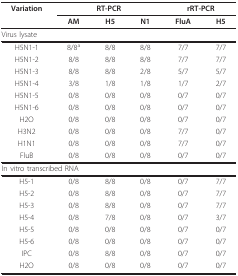
| Variation | <COLSPAN=3> RT-PCR | <COLSPAN=2> rRT-PCR |
 |  | AM | H5 | N1 | FluA | H5 |
 | --- | --- | --- | --- | --- | --- |
 | <COLSPAN=6> Virus lysate |
 | H5N1-1 | 8/8a | 8/8 | 8/8 | 7/7 | 7/7 |
 | H5N1-2 | 8/8 | 8/8 | 8/8 | 7/7 | 7/7 |
 | H5N1-3 | 8/8 | 8/8 | 2/8 | 5/7 | 5/7 |
 | H5N1-4 | 3/8 | 1/8 | 1/8 | 1/7 | 2/7 |
 | H5N1-5 | 0/8 | 0/8 | 0/8 | 0/7 | 0/7 |
 | H5N1-6 | 0/8 | 0/8 | 0/8 | 0/7 | 0/7 |
 | H2O | 0/8 | 0/8 | 0/8 | 0/7 | 0/7 |
 | H3N2 | 0/8 | 0/8 | 0/8 | 7/7 | 0/7 |
 | H1N1 | 0/8 | 0/8 | 0/8 | 7/7 | 0/7 |
 | FluB | 0/8 | 0/8 | 0/8 | 0/7 | 0/7 |
 | <COLSPAN=6> In vitro transcribed RNA |
 | H5-1 | 0/8 | 8/8 | 0/8 | 0/7 | 7/7 |
 | H5-2 | 0/8 | 8/8 | 0/8 | 0/7 | 7/7 |
 | H5-3 | 0/8 | 8/8 | 0/8 | 0/7 | 7/7 |
 | H5-4 | 0/8 | 7/8 | 0/8 | 0/7 | 3/7 |
 | H5-5 | 0/8 | 0/8 | 0/8 | 0/7 | 0/7 |
 | H5-6 | 0/8 | 0/8 | 0/8 | 0/7 | 0/7 |
 | IPC | 0/8 | 8/8 | 0/8 | 0/7 | 0/7 |
 | H2O | 0/8 | 0/8 | 0/8 | 0/7 | 0/7 |